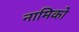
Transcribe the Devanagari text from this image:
नामिको